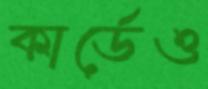
কার্ডেও